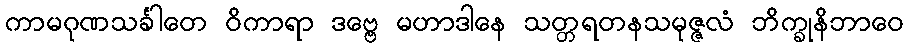
ကာမဂုဏသင်္ခါတေ ဝိကာရာ ဒဗ္ဗေ မဟာဒါနေ သတ္တရတနသမုဇ္ဇလံ ဘိက္ခုနိဘာဝေ